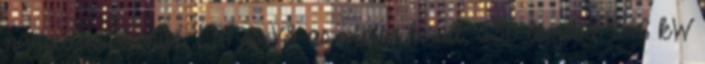
nagyteljesítményű, LT4-es V8-as motor került, 330 lóerővel 246 kW